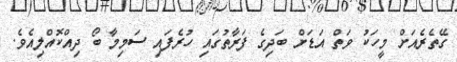
ގޭތެރެއަށް މީހަކު ވަތް އަޑަށް ބަދިގެ ފަރާތުގައި ހުރެފައި ސަމިމާ ބޯ ދިއްކޮއްލިއެވެ.